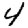
Digit: 4